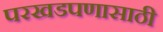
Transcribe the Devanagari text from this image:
परखडपणासाठी